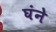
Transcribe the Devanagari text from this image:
घंने